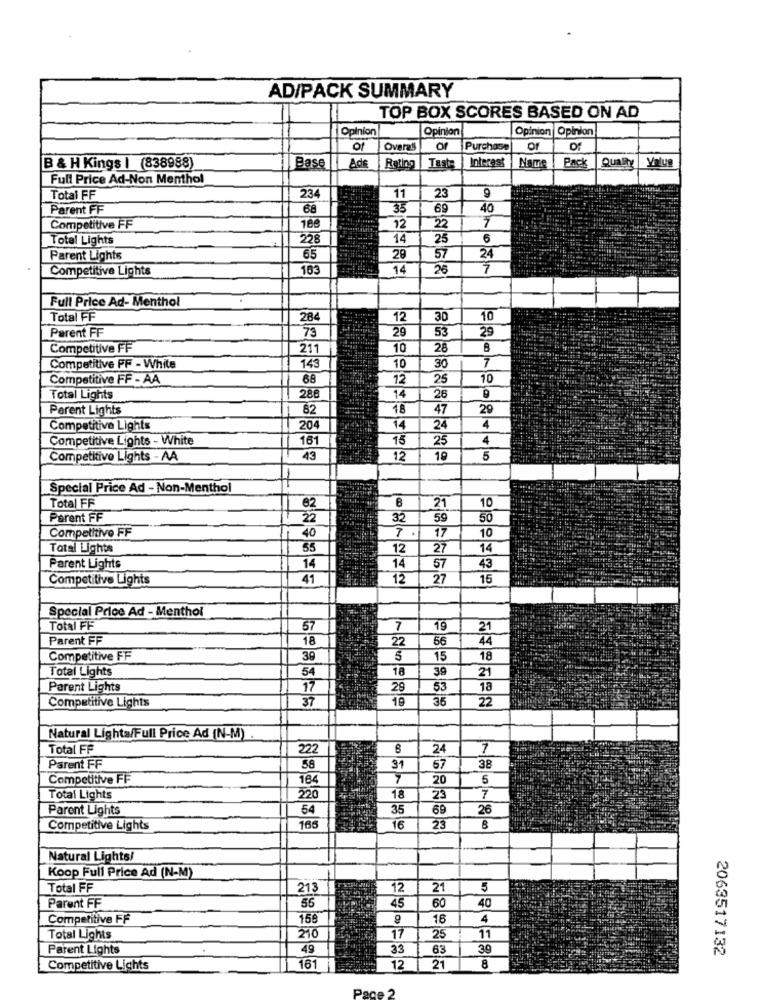
AD/PACK SUMMARY
TOP BOX SCORES BASED ON AD
Opinion
Opinion
Opinion
Opinion
of
Overall
Purchase
Of
Interest
Name
Pack
Qualit
B & H Kings | (838988)
Base
Ade |Rating
Tast
Full Price Ad-Non Menthol
23
9
Total FF
234
11
Parent FF
68
35
69
40
Competitive FF
12
22
Total Lights
228
14
25
6
Parent Lights
65
29
57
24
Competitive Lights
163
14
26
7
Full Price Ad- Menthol
Total FF
284
12
30
10
79
29
29
Parent FF
53
Competitive FF
211
10
28
8
7
Competitive PF - White
143
10
30
Competitive FF - AA
68
12
25
10
Total Lights
288
14
26
Parent Lights
82
18
47
29
Competitive Lights
204
14
24
4
Competitive Lights - White
161
75
25
4
Competitivo Lights - AA
43
12
10
Special Price Ad - Non-Menthol
Total FF
62
21
10
Parent FF
22
32
59
50
Competitive FF
7
.
17
10
40
Total Lights
55
12
27
14
Parent Lights
14
14
57
43
Competitive Lights
41
12
27
15
Special Price Ad - Menthol
Total FF
57
7
19
21
Parent FF
18
22
56
44
Competitive FF
39
5
15
18
Total Lights
54
18
39
21
Parent Lights
17
29
53
18
Competitive Lights
37
19
35
22
Natural Lighta/Full Price Ad (N-M)
Total FF
222
24
7
Parent FF
58
31
57
38
Competitive FF
164
7
20
5
Total Lights
220
18
23
7
Parent Lights
54
35
69
26
Competitive Lights
165
16
23
Natural Lights/
Koop Full Price Ad (N-M)
Total FF
213
12
21
5
Parent FF
55
45
60
40
Competitive FF
158
16
4
Total Lights
210
17
25
11
Parent Lights
49
33
63
39
2063517132
Competitive Lights
161
12
21
8
Pace 2